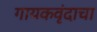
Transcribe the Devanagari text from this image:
गायकवृंदाचा